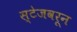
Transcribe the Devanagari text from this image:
स्टेजवरून